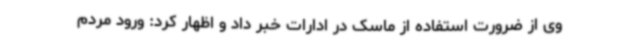
وی از ضرورت استفاده از ماسک در ادارات خبر داد و اظهار کرد: ورود مردم